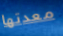
معدتها